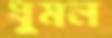
ধুমল